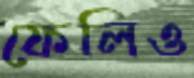
ফেলিও